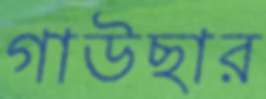
গাউছার